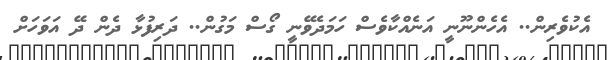
އެކުވެރިން.. އެހެންނޫނީ އަނެއްކާވެސް ހަމަދެވޭނީ ގޯސް މަގުން.. ދަރިފުޅާ ދެން ދޭ އަވަހަށް